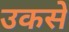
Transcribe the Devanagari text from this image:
उकसे